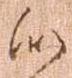
似